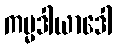
ကမ္မဒါယာဒေါ